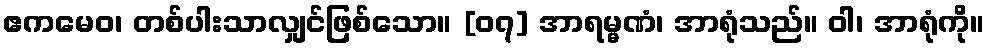
ဧကမေဝ၊ တစ်ပါးသာလျှင်ဖြစ်သော။ [၀၇] အာရမ္မဏံ၊ အာရုံသည်။ ဝါ၊ အာရုံကို။